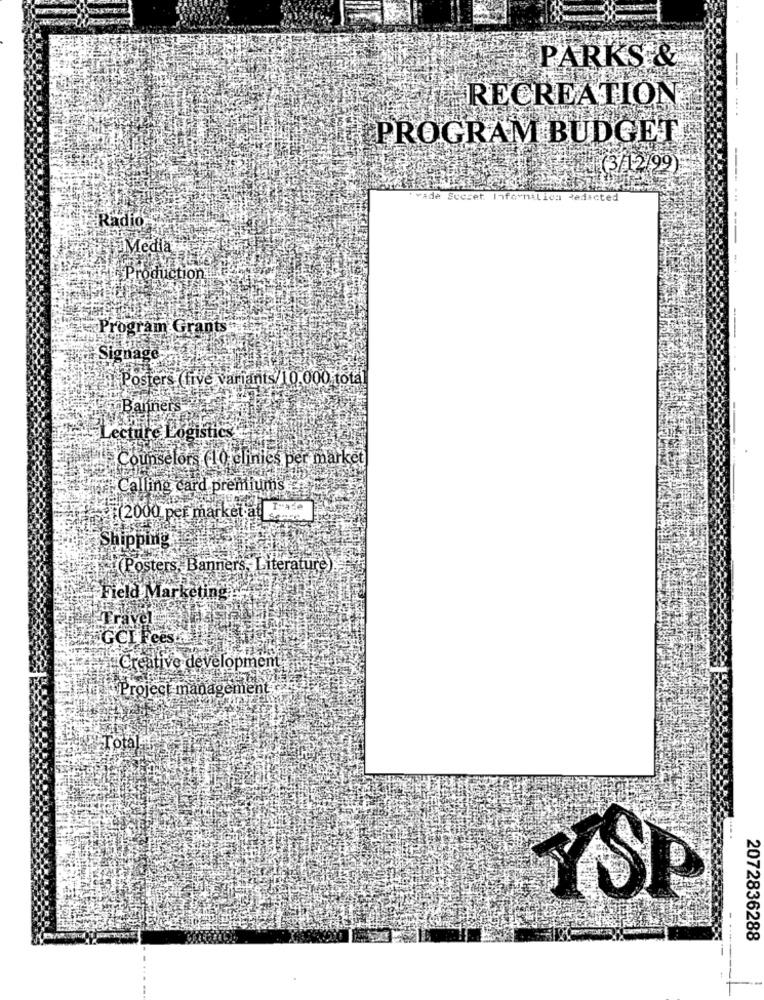
PARKS &
RECREATION
----. ...
PROGRAM BUDGET
Trade Secret Informatica redacted
Radio
Media
Production
---------
Program Grants"
Signage
Posters (five variants 10.000 total
Banners
en Lecture Logistics
5Counselors (10 clinics per market
Calling card premiums
(2000 per market al Je
Shipping
(Posters, Banners, Literature)
Field Marketing
Travel
GCI Fees
Creative development
Project management
Total
2072836288